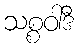
သစ္စဝါဒီ